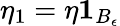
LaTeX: \eta_{1}=\eta\mathbf{1}_{B_{\epsilon}}